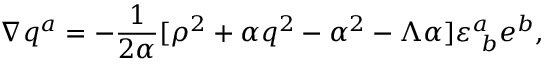
\nabla q ^ { a } = - { \frac { 1 } { 2 { \alpha } } } [ \rho ^ { 2 } + \alpha q ^ { 2 } - \alpha ^ { 2 } - \Lambda \alpha ] \varepsilon _ { \ b } ^ { a } e ^ { b } ,